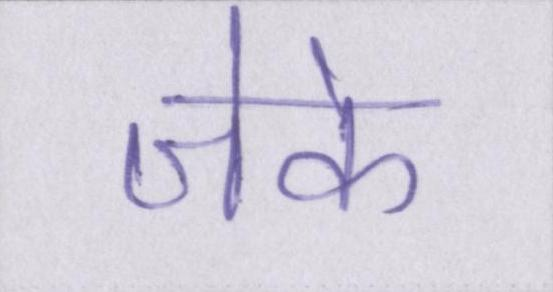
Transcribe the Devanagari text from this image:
जेके